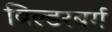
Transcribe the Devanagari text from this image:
बिल्डरबर्ग